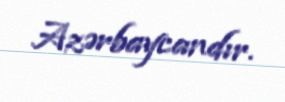
Azərbaycandır.